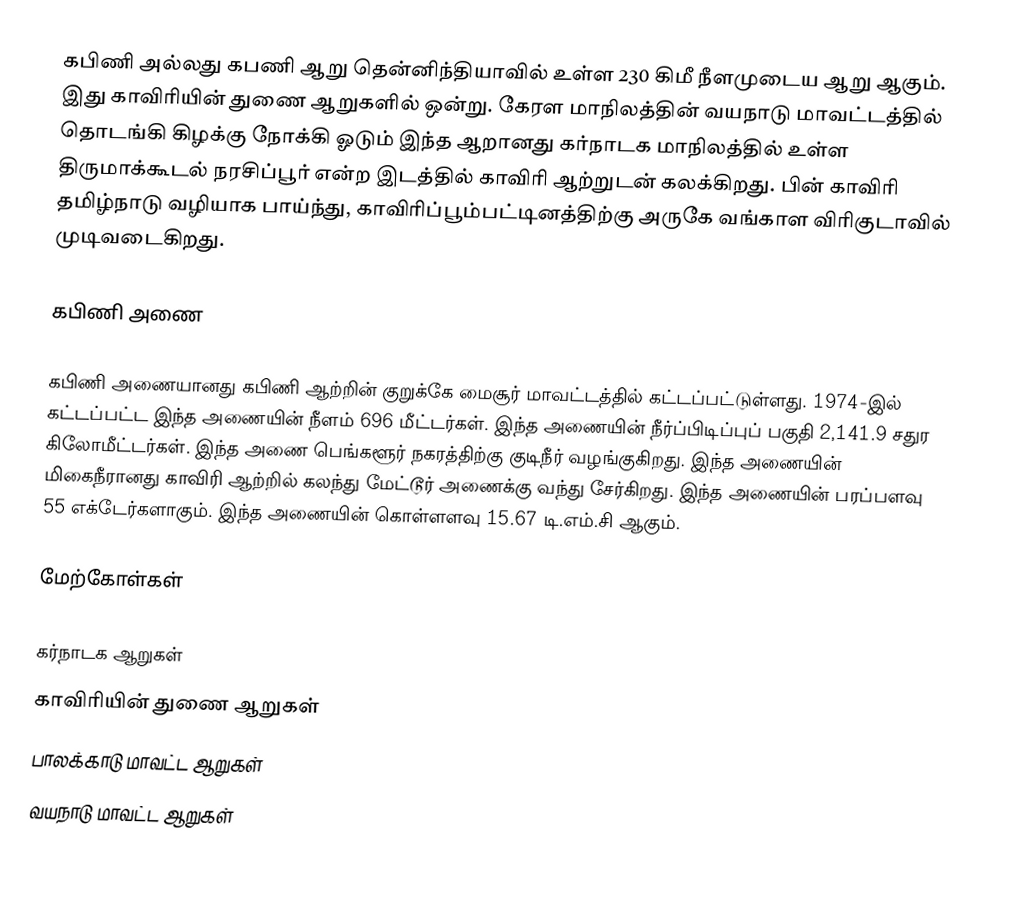
கபிணி அல்லது கபணி ஆறு தென்னிந்தியாவில் உள்ள 230 கிமீ நீளமுடைய ஆறு ஆகும். இது காவிரியின் துணை ஆறுகளில் ஒன்று. கேரள மாநிலத்தின் வயநாடு மாவட்டத்தில்  தொடங்கி கிழக்கு நோக்கி ஓடும் இந்த ஆறானது கர்நாடக மாநிலத்தில் உள்ள திருமாக்கூடல் நரசிப்பூர் என்ற இடத்தில் காவிரி ஆற்றுடன் கலக்கிறது. பின் காவிரி தமிழ்நாடு வழியாக பாய்ந்து, காவிரிப்பூம்பட்டினத்திற்கு அருகே வங்காள விரிகுடாவில் முடிவடைகிறது.

கபிணி அணை

கபிணி அணையானது கபிணி ஆற்றின் குறுக்கே மைசூர் மாவட்டத்தில் கட்டப்பட்டுள்ளது. 1974-இல் கட்டப்பட்ட இந்த அணையின் நீளம் 696 மீட்டர்கள். இந்த அணையின் நீர்ப்பிடிப்புப் பகுதி 2,141.9 சதுர கிலோமீட்டர்கள். இந்த அணை பெங்களூர் நகரத்திற்கு குடிநீர் வழங்குகிறது. இந்த அணையின் மிகைநீரானது காவிரி ஆற்றில் கலந்து மேட்டூர் அணைக்கு வந்து சேர்கிறது. இந்த அணையின் பரப்பளவு 55 எக்டேர்களாகும். இந்த அணையின் கொள்ளளவு 15.67 டி.எம்.சி ஆகும்.

மேற்கோள்கள்

கர்நாடக ஆறுகள்
காவிரியின் துணை ஆறுகள்
பாலக்காடு மாவட்ட ஆறுகள்
வயநாடு மாவட்ட ஆறுகள்